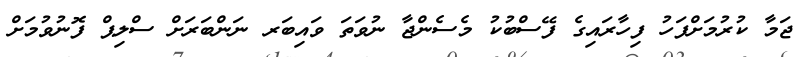
ޖަމާ ކުރުމަށްފަހު ފިހާރައިގެ ފޭސްބުކު މެސެންޖާ ނުވަތަ ވައިބަރ ނަންބަރަށް ސްލިޕް ފޮނުވުމަށް